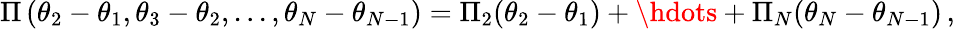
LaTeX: \Pi\left(\theta_{2}-\theta_{1},\theta_{3}-\theta_{2},...,\theta_{N}-\theta_{N-1}\right)=\Pi_{2}(\theta_{2}-\theta_{1})+\hdots+\Pi_{N}(\theta_{N}-\theta_{N-1})\, ,